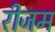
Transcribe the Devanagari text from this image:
रीजम